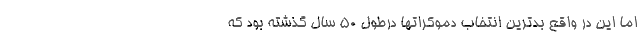
اما این در واقع بدترین انتخاب دموکراتها درطول 50 سال گذشته بود که